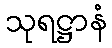
သုရဋ္ဌာနံ